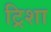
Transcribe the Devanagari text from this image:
ट्रिशा